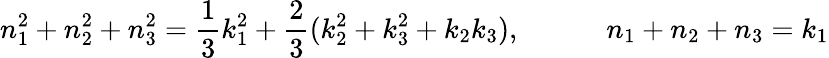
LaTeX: n_{1}^{2}+n_{2}^{2}+n_{3}^{2}={\frac{1}{3}}k_{1}^{2}+{\frac{2}{3}}(k_{2}^{2}+k_{3}^{2}+k_{2}k_{3}),\qquad\quad n_{1}+n_{2}+n_{3}=k_{1}